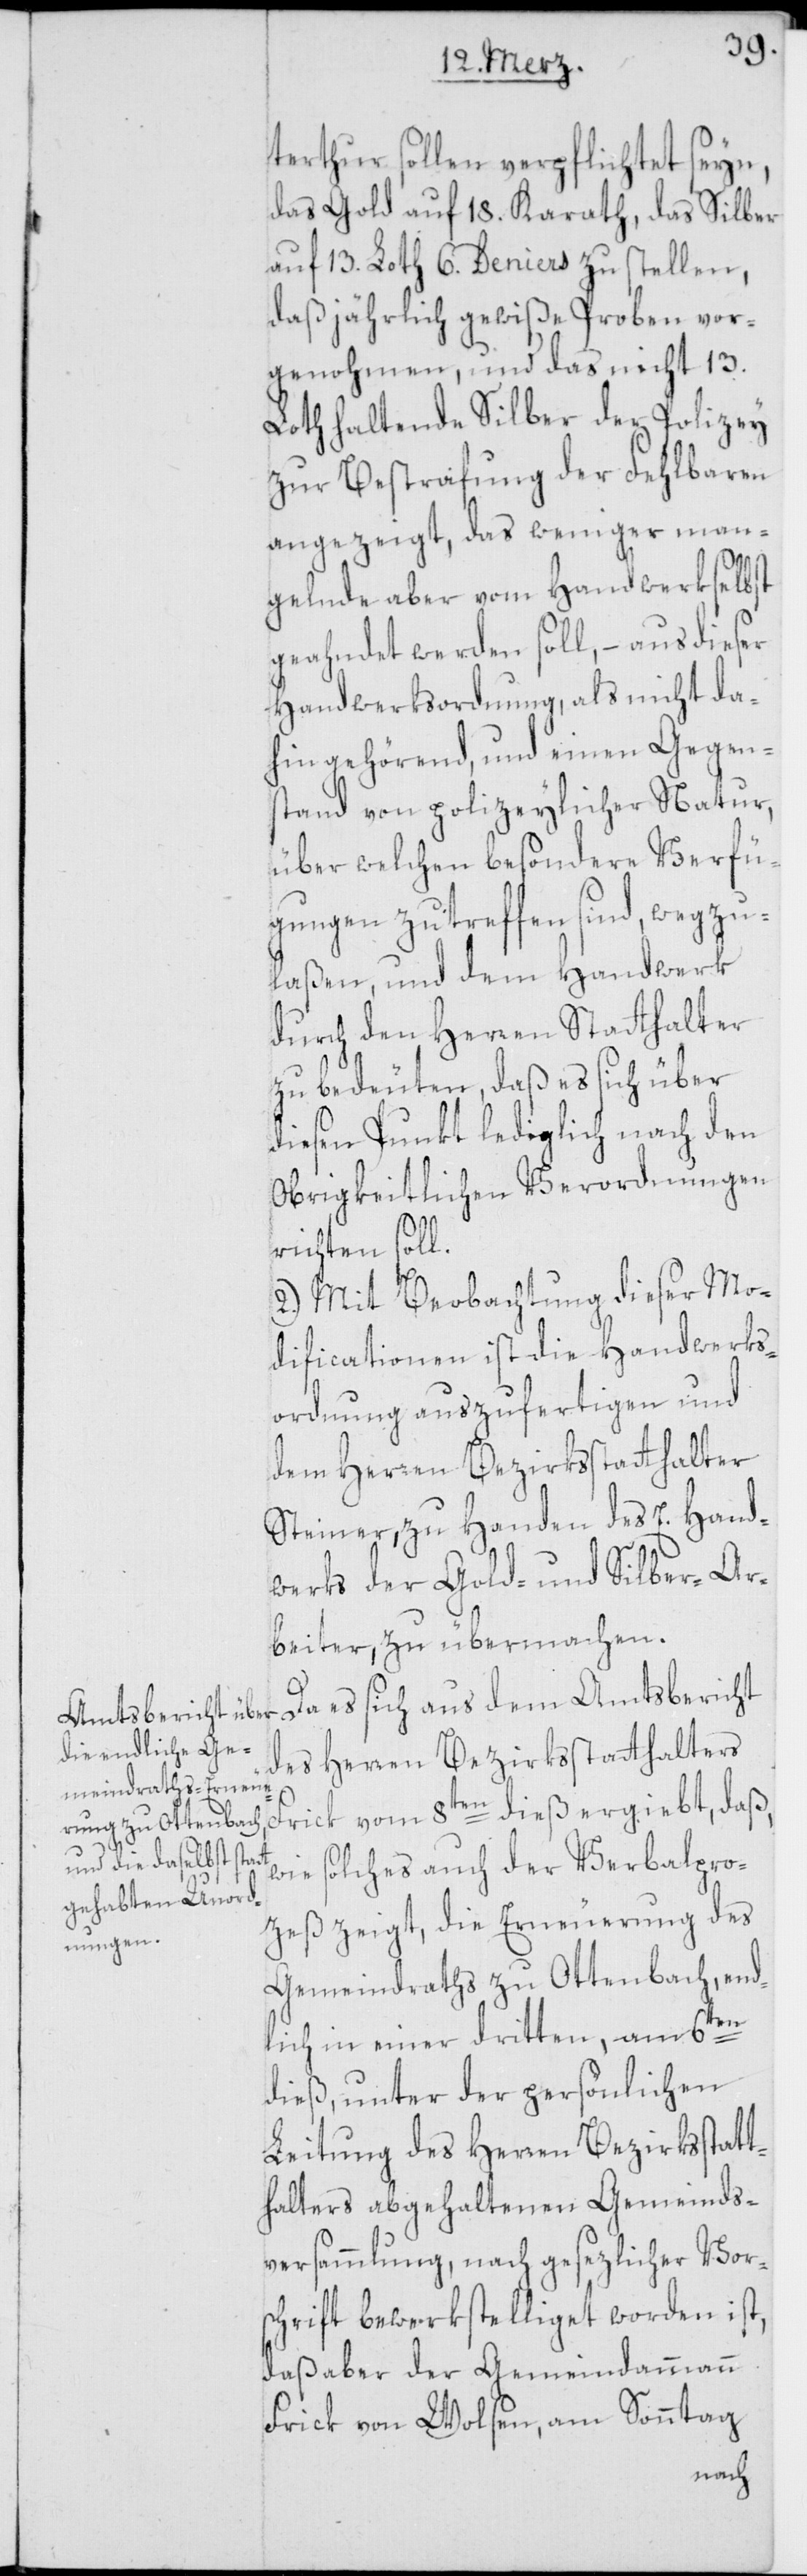
terthur sollen verpflichtet seyn,
das Gold auf 18. Karath, das Silber
auf 13. Loth 6. Deniers zu stellen,
daß jährlich gewiße Proben vor¬
genohmen, und das nicht 13.
Loth haltende Silber der Polizey
zur Bestrafung der Fehlbaren
angezeigt, das weniger man¬
gelnde aber vom Handwerk selbst
geahndet werden soll, – aus dieser
Handwerksordnung, als nicht da¬
hin gehörend, und einen Gegen¬
stand von polizeylicher Natur,
über welchen besondere Verfü¬
gungen zu treffen sind, wegzu¬
laßen, und dem Handwerk
durch den Herren Statthalter
zu bedeuten, daß es sich über
diesen Punkt lediglich nach den
Obrigkeitlichen Verordnungen
richten soll.
2.) Mit Beobachtung dieser Mo¬
dificationen ist die Handwerks¬
ordnung auszufertigen und
dem Herren Bezirksstatthalter
Steiner, zu Handen des E. Hand¬
werks der Gold- und Silber-Ar¬
beiter, zu übermachen.
Da es sich aus dem Amtsbericht
des Herren Bezirksstatthalters
Frick vom 8ten dieß ergibt, daß,
wie solches auch der Verbalpro¬
zeß zeigt, die Erneuerung des
Gemeindraths zu Ottenbach, end¬
lich in einer dritten, am 6ten
dieß, unter der persönlichen
Leitung des Herren Bezirksstatt¬
halters abgehaltenen Gemeinds¬
versammlung, nach gesezlicher Vor¬
schrift bewerkstelliget worden ist,
daß aber der Gemeindammann
Frick von Wolsen am Sonntag